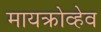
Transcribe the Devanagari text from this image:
मायक्रोव्हेव